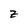
Character: z